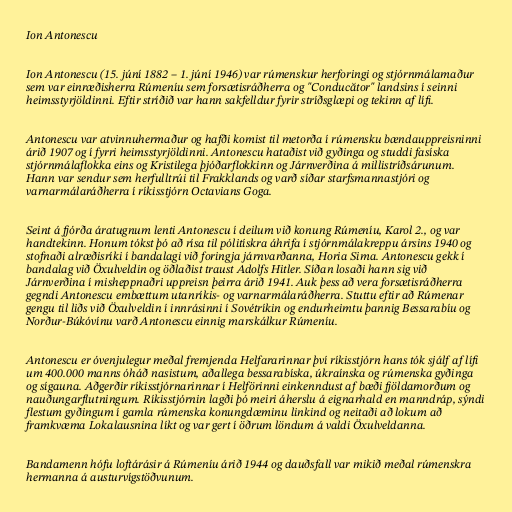
Ion Antonescu

Ion Antonescu (15. júní 1882 – 1. júní 1946) var rúmenskur herforingi og stjórnmálamaður
sem var einræðisherra Rúmeníu sem forsætisráðherra og "Conducător" landsins í seinni
heimsstyrjöldinni. Eftir stríðið var hann sakfelldur fyrir stríðsglæpi og tekinn af lífi.

Antonescu var atvinnuhermaður og hafði komist til metorða í rúmensku bændauppreisninni
árið 1907 og í fyrri heimsstyrjöldinni. Antonescu hataðist við gyðinga og studdi fasíska
stjórnmálaflokka eins og Kristilega þjóðarflokkinn og Járnverðina á millistríðsárunum.
Hann var sendur sem herfulltrúi til Frakklands og varð síðar starfsmannastjóri og
varnarmálaráðherra í ríkisstjórn Octavians Goga.

Seint á fjórða áratugnum lenti Antonescu í deilum við konung Rúmeníu, Karol 2., og var
handtekinn. Honum tókst þó að rísa til pólitískra áhrifa í stjórnmálakreppu ársins 1940 og
stofnaði alræðisríki í bandalagi við foringja járnvarðanna, Horia Sima. Antonescu gekk í
bandalag við Öxulveldin og öðlaðist traust Adolfs Hitler. Síðan losaði hann sig við
Járnverðina í misheppnaðri uppreisn þeirra árið 1941. Auk þess að vera forsætisráðherra
gegndi Antonescu embættum utanríkis- og varnarmálaráðherra. Stuttu eftir að Rúmenar
gengu til liðs við Öxulveldin í innrásinni í Sovétríkin og endurheimtu þannig Bessarabíu og
Norður-Búkóvínu varð Antonescu einnig marskálkur Rúmeníu.

Antonescu er óvenjulegur meðal fremjenda Helfararinnar því ríkisstjórn hans tók sjálf af lífi
um 400.000 manns óháð nasistum, aðallega bessarabíska, úkraínska og rúmenska gyðinga
og sígauna. Aðgerðir ríkisstjórnarinnar í Helförinni einkenndust af bæði fjöldamorðum og
nauðungarflutningum. Ríkisstjórnin lagði þó meiri áherslu á eignarhald en manndráp, sýndi
flestum gyðingum í gamla rúmenska konungdæminu linkind og neitaði að lokum að
framkvæma Lokalausnina líkt og var gert í öðrum löndum á valdi Öxulveldanna.

Bandamenn hófu loftárásir á Rúmeníu árið 1944 og dauðsfall var mikið meðal rúmenskra
hermanna á austurvígstöðvunum.